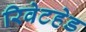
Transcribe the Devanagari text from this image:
रिवेटहेड